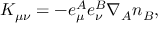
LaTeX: K _ { \mu \nu } = - e _ { \mu } ^ { A } e _ { \nu } ^ { B } \nabla _ { A } n _ { B } ,